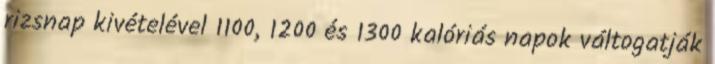
rizsnap kivételével 1100, 1200 és 1300 kalóriás napok váltogatják